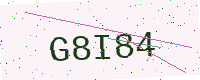
Text: G8I84